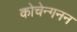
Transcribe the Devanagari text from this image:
कोचेन्गनन